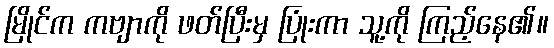
မြိုင်က ကဗျာကို ဖတ်ပြီးမှ ပြုံးကာ သူ့ကို ကြည့်နေ၏။